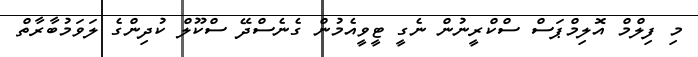
މި ފިލްމް އޮލިމްޕަސް ސްކްރީނުން ނެގީ ޓީވީއެމުން ގެނެސްދޭ ސްކޫލް ކުދިންގެ ލަވަމުބާރާތް